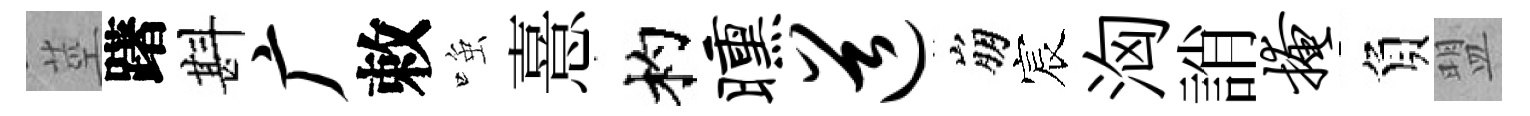
莖躇斟广敕𫪻憙杓曛道崩宸洶誚掩負盟